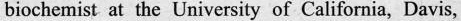
biochemist at the University of California, Davis,